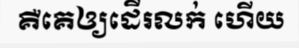
គឺគេឲ្យដើរលក់ ហើយ